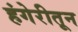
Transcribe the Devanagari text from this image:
हंगेरीतून